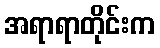
အရာရာတိုင်းက